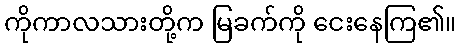
ကိုကာလသားတို့က မြခက်ကို ငေးနေကြ၏။